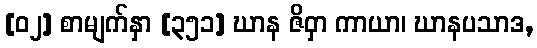
[၀၂] စာမျက်နှာ [၃၅၁] ဃာန ဇိဝှာ ကာယာ၊ ဃာနပသာဒ,